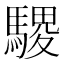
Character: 𫘓